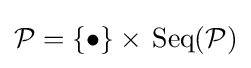
{\mathcal {P}}=\{\bullet \}\times \,{\mbox{Seq}}({\mathcal {P}})